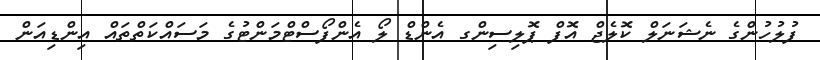
ފުލުހުންގެ ނެޝަނަލް ކޮލެޖް އޮފް ޕޮލިސިންގ އެންޑް ލޯ އެންފޯސްޓްމަންޓުގެ މަސައްކަތްތައް އިންޑިއަން